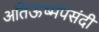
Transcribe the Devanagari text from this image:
अतिऊष्मपसंदी